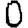
Digit: 0